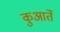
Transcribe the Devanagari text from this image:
कुआर्ते